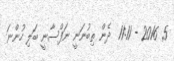
5